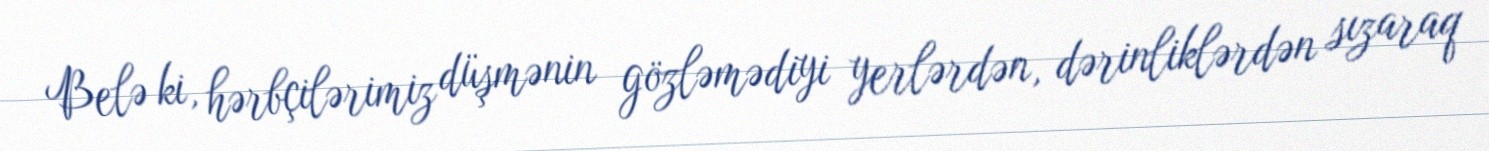
Belə ki, hərbçilərimiz düşmənin gözləmədiyi yerlərdən, dərinliklərdən sızaraq